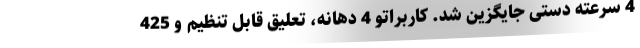
4 سرعته دستی جایگزین شد. کاربراتو 4 دهانه، تعلیق قابل تنظیم و 425